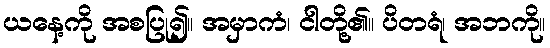
ယနေ့ကို အစပြု၍။ အမှာကံ၊ ငါတို့၏။ ပိတရံ၊ အဘကို။